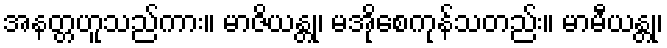
အနတ္တဟူသည်ကား။ မာဇိယန္တု၊ မအိုစေကုန်သတည်း။ မာမီယန္တု၊